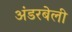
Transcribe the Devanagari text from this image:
अंडरबेली